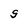
Character: S